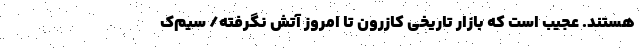
هستند. عجیب است که بازار تاریخی کازرون تا امروز آتش نگرفته/ سیم‌ک